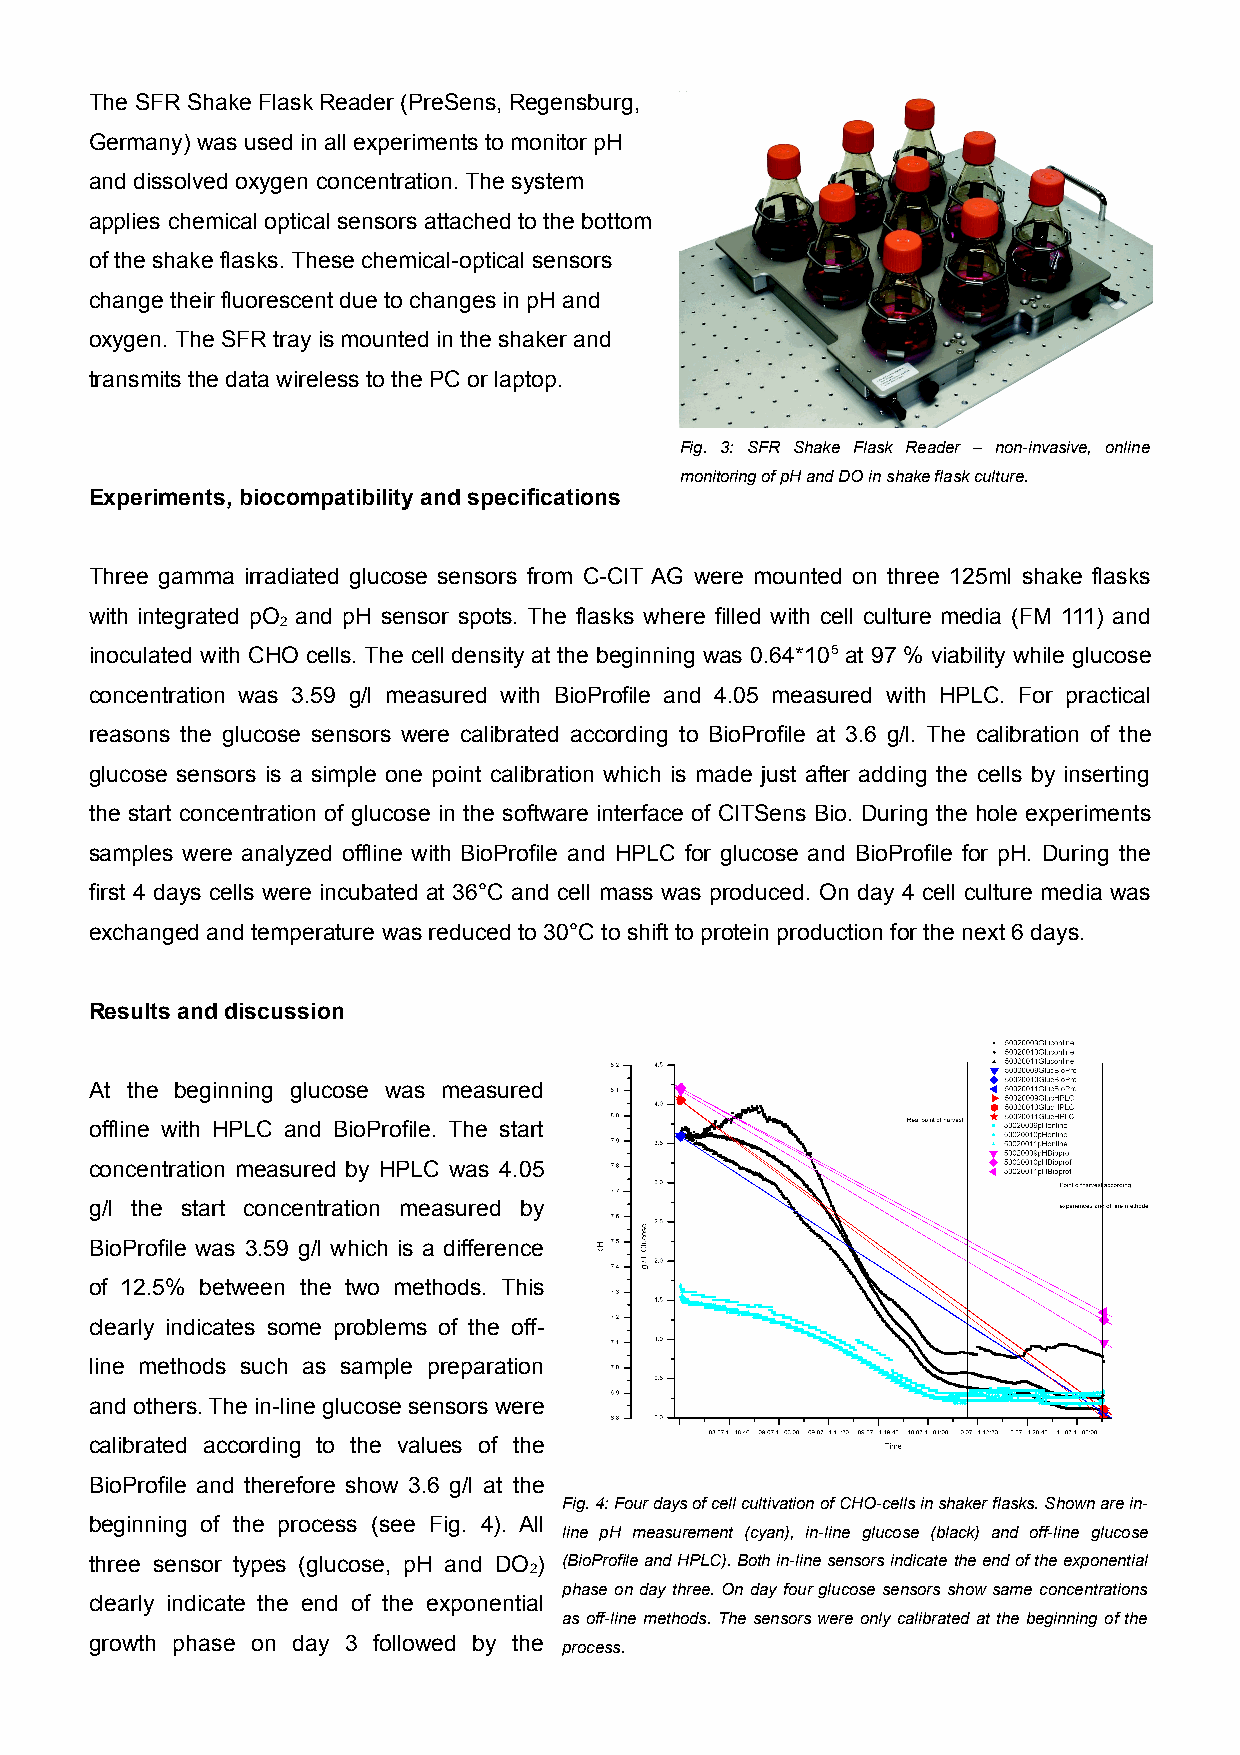
The SFR Shake Flask Reader (PreSens, Regensburg,
 Germany) was used in all experiments to monitor pH
 and dissolved oxygen concentration. The system
 applies chemical optical sensors attached to the bottom
 of the shake flasks. These chemical-optical sensors
 change their fluorescent due to changes in pH and
 oxygen. The SFR tray is mounted in the shaker and
 transmits the data wireless to the PC or laptop.
 Fig. 3: SFR Shake Flask Reader – non-invasive, online
 monitoring of pH and DO in shake flask culture.
 Experiments, biocompatibility and specifications
 Three gamma irradiated glucose sensors from C-CIT AG were mounted on three 125ml shake flasks
 with integrated pO and pH sensor spots. The flasks where filled with cell culture media (FM 111) and
 2
 inoculated with CHO cells. The cell density at the beginning was 0.64*105 at 97 % viability while glucose
 concentration was 3.59 g/l measured with BioProfile and 4.05 measured with HPLC. For practical
 reasons the glucose sensors were calibrated according to BioProfile at 3.6 g/l. The calibration of the
 glucose sensors is a simple one point calibration which is made just after adding the cells by inserting
 the start concentration of glucose in the software interface of CITSens Bio. During the hole experiments
 samples were analyzed offline with BioProfile and HPLC for glucose and BioProfile for pH. During the
 first 4 days cells were incubated at 36°C and cell mass was produced. On day 4 cell culture media was
 exchanged and temperature was reduced to 30°C to shift to protein production for the next 6 days.
 Results and discussion
 At the beginning glucose was measured
 offline with HPLC and BioProfile. The start
 concentration measured by HPLC was 4.05
 g/l the start concentration measured by
 BioProfile was 3.59 g/l which is a difference
 of 12.5% between the two methods. This
 clearly indicates some problems of the off-
 line methods such as sample preparation
 and others. The in-line glucose sensors were
 calibrated according to the values of the
 BioProfile and therefore show 3.6 g/l at the
 Fig. 4: Four days of cell cultivation of CHO-cells in shaker flasks. Shown are in-
 beginning of the process (see Fig. 4). All
 line pH measurement (cyan), in-line glucose (black) and off-line glucose
 three sensor types (glucose, pH and DO ) (BioProfile and HPLC). Both in-line sensors indicate the end of the exponential
 2
 phase on day three. On day four glucose sensors show same concentrations
 clearly indicate the end of the exponential
 as off-line methods. The sensors were only calibrated at the beginning of the
 growth phase on day 3 followed by the
 process.